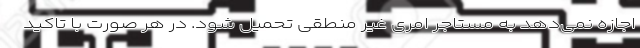
اجازه نمی‌دهد به مستاجر امری غیر منطقی تحمیل شود. در هر صورت با تاکید